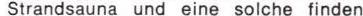
Strandsauna und eine solche finden